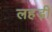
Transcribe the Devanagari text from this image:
लहड़ी